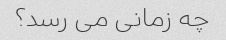
چه زمانی می رسد؟